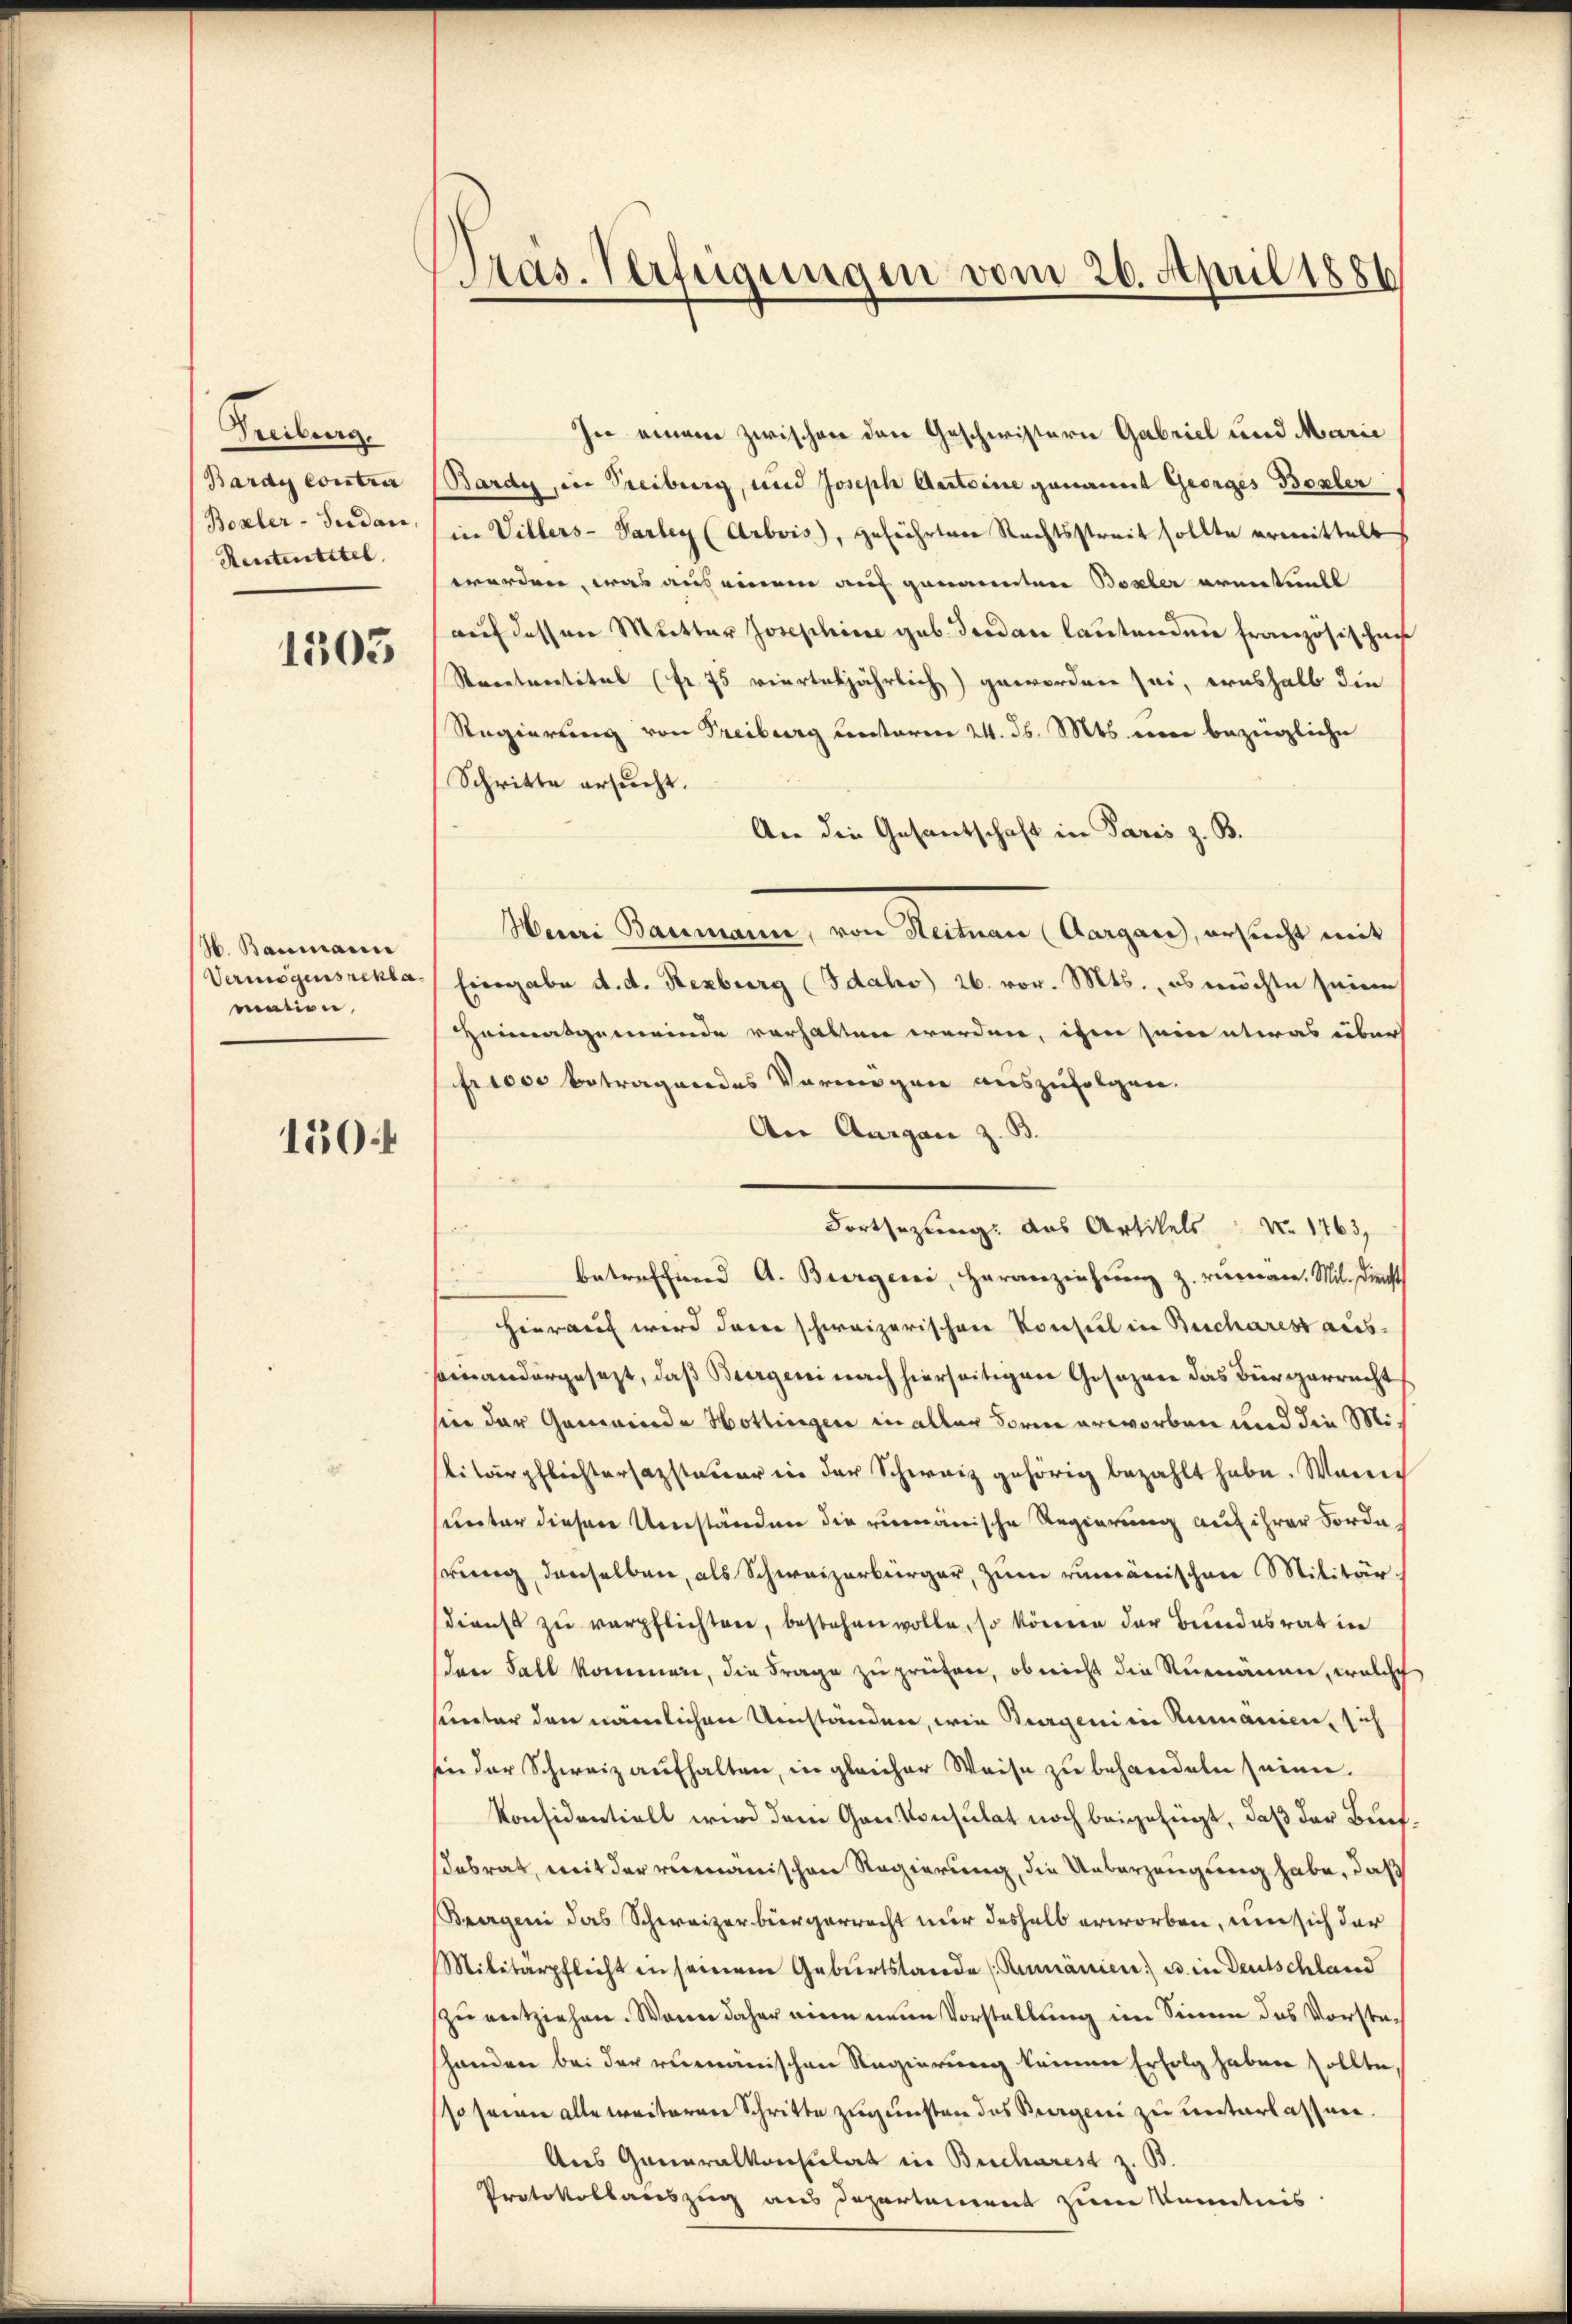
Freiburg.
Bardi Contra
Boxler-Fudan,
Rententitel

1505

H. Baumann
Vermögens reklamation.

150f

Präs. Verfügungen vom 26. April 1886

In einem zwischen den Geschwistern Gabriel und Marie
(Barde, in Treiburg, und Joseph Aesteine genannt Georges Boxler
in Villers-Parley (Arbois, geführten Rechtsstreit sollte ermittelt
worden, was aus einem auf genannten Boxler ernentuell
auf dessen Mutter Josephine geb. der an lautenden Französischen
Secetartitel (Fr. 75 vierteljährlich) geworden sei, weshalb die
Regierung von Freiburg Centaren 24. d. Mts. eine bezügliche
Schritte ersucht.
An die Gesantschaft in Paris z. B.
Hauri Baumann, von Heitnau (Aargau, ersucht mit
Eingabe d. d. Rezburg (Idaho 26. vor. Mts., es möchte seine
Heimatgemeinde vorhalten werden, ihm sein etwas über
frisse betragendes Vermögen auszufolgen.
An Aargau z. B.
Fortsezung: das Artikels No 1163,
betreffend A. Burgerei, Heranziehŭng z. verein. Mit. Dienst
Hierauf wird dann schweizerischen Konsul in Bucharest ausseinandergesezt, daß Burgen nach hierseitigen Gesezene das Bürgerrecht
sin der Gemeinde Hottingen in aller Forme erworben und die Militärpflichtersazsteuer in der Schweiz gehörig bezahlt habe. Wenn
unter diesen Umständen die rumänische Regierung auf ihrer Forderung denselben, als Schweizerbürger, zum rumänischen Militär.
dienst zu verpflichten, bestehen wolle, so könnern der Bundesrat in
Ien Fall kommen, die Frage zu prüfen, ob nicht die Rumänen, welche
hunter den nämlichen Umständen, wie Burgen in Rumanien, sich
sin der Schweiz aufhalten, in gleicher Weise zu behandeln seien.
Konsidentiell wird dem Gankonsulat noch beigefügt, daß der Buchabrat, mit der rumänischen Regierung, die Ueberzeugung habe, daß
Bergen das Schweizerbürgerrecht mir deshalb erworben, um sich der
Militärpflicht in seinem Geburtstande (Rumänien) u. in Deutschland
zu entziehen. Wenn daher eine neue Vorstellung im Sinne das Vorsteshanden bei der rumänischen Regierung keinen Erfolg haben sollte,
so seien alle weiteren Schritte zugunsten das Burgen zu unterlassen.
Aus Generalkonsulat in Bucharest z. B.
Protokollauszug aus Departement zum Kenntnis.